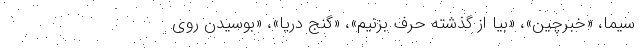
سیما، «خبرچین»، «بیا از گذشته حرف بزنیم»، «گنج دریا»، «بوسیدن روی